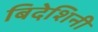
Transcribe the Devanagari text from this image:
बिदेशिनी